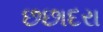
છછાદરા